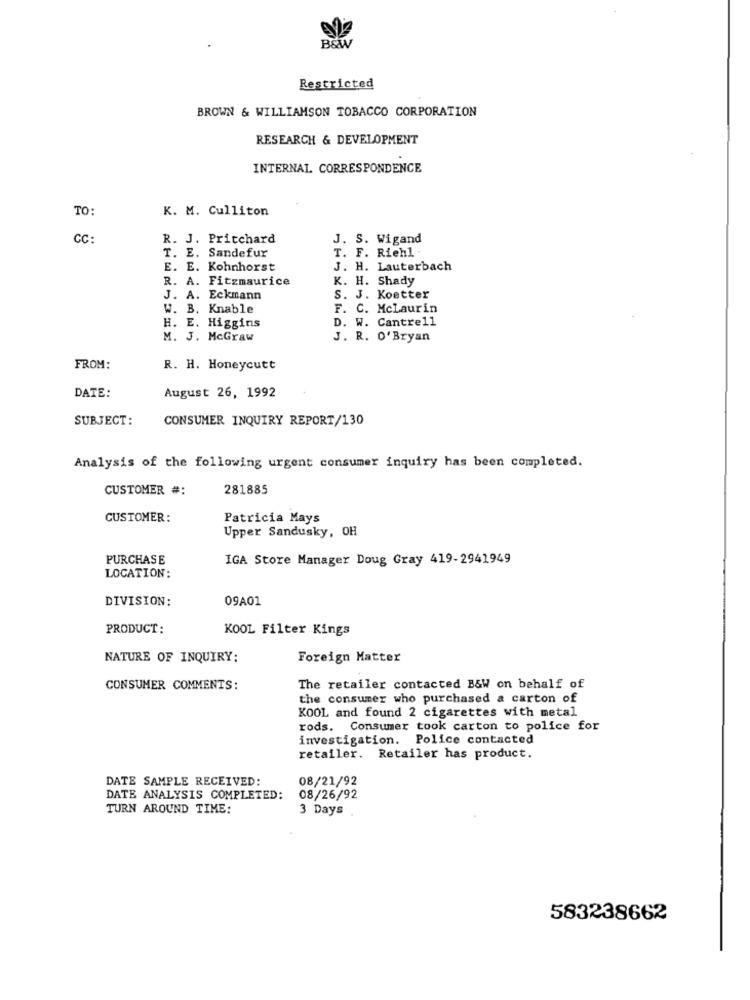
B&W
Restricted
BROWN & WILLIAMSON TOBACCO CORPORATION
RESEARCH & DEVELOPMENT
INTERNAL. CORRESPONDENCE
TO:
K. M. Culliton
CC:
R. J. Pritchard
J. S. Wigand
T. E. Sandefur
T. F. Riehl
E. E. Kohnhorst
J. H. Lauterbach
R. A. Fitzmaurice
K. H. Shady
J. A. Eckmann
S. J. Koetter
W. B. Knable
F. C. McLaurin
D. W. Cantrell
H. E. Higgins
M. J. McGraw
J. R. O'Bryan
FROM:
R. H. Honeycutt
DATE:
August 26, 1992
SUBJECT:
CONSUMER INQUIRY REPORT/130
Analysis of the following urgent consumer inquiry has been completed.
CUSTOMER #:
281885
CUSTOMER:
Patricia Mays
Upper Sandusky, OH
PURCHASE
IGA Store Manager Doug Gray 419-2941949
LOCATION:
DIVISION:
09A01
PRODUCT:
KOOL Filter Kings
NATURE OF INQUIRY:
Foreign Matter
CONSUMER COMMENTS:
The retailer contacted B&W on behalf of
the consumer who purchased a carton of
KOOL and found 2 cigarettes with metal
rods. Consumer took carton to police for
investigation. Police contacted
retailer. Retailer has product.
DATE SAMPLE RECEIVED:
08/21/92
DATE ANALYSIS COMPLETED:
08/26/92
TURN AROUND TIME:
3 Days
583238662